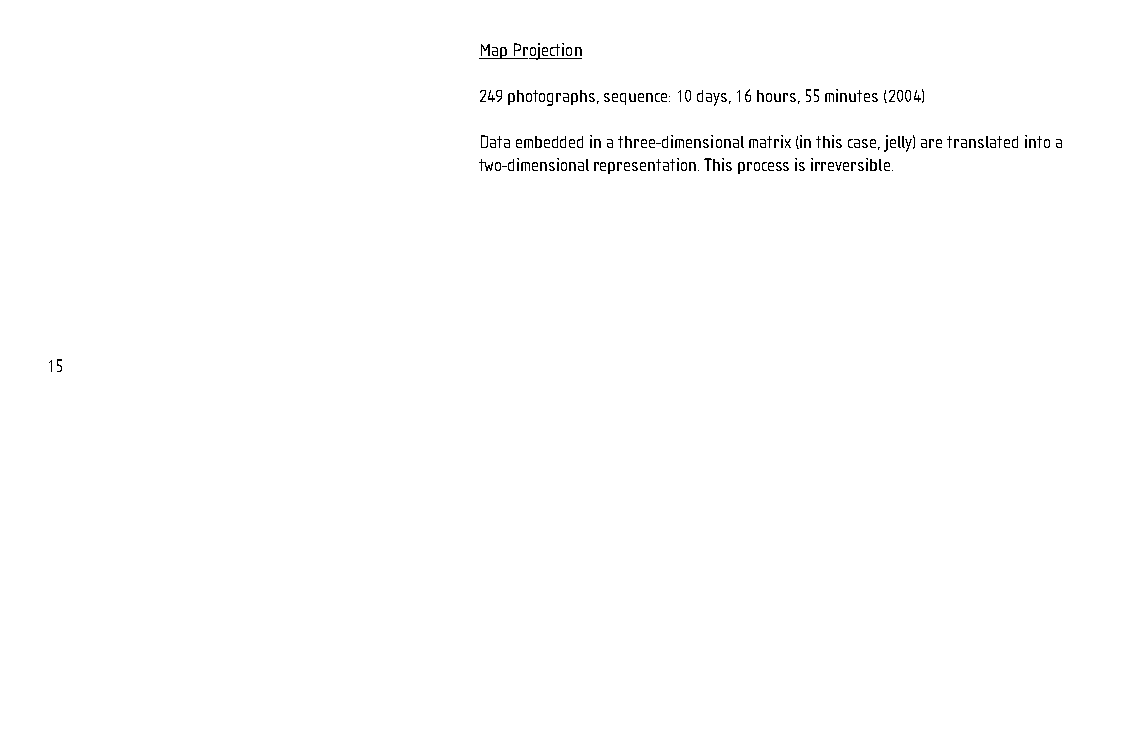
127x190_photo_booklet.qx6 09 12 2005 16:06 Page 15
 Map Projection
 249 photographs, sequence: 10 days, 16 hours, 55 minutes (2004)
 Data embedded in a three-dimensional matrix (in this case, jelly) are translated into a
 two-dimensional representation. This process is irreversible.
 15